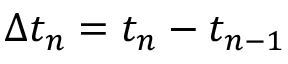
\Delta t _ { n } = { t _ { n } } - { t _ { n - 1 } }